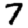
Digit: 7